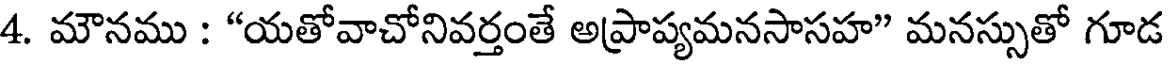
4. మౌనము : "యతోవాచోనివర్తంతే అప్రాప్యమనసాసహ" మనస్సుతో గూడ